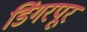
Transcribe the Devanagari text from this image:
डिंगरपूर